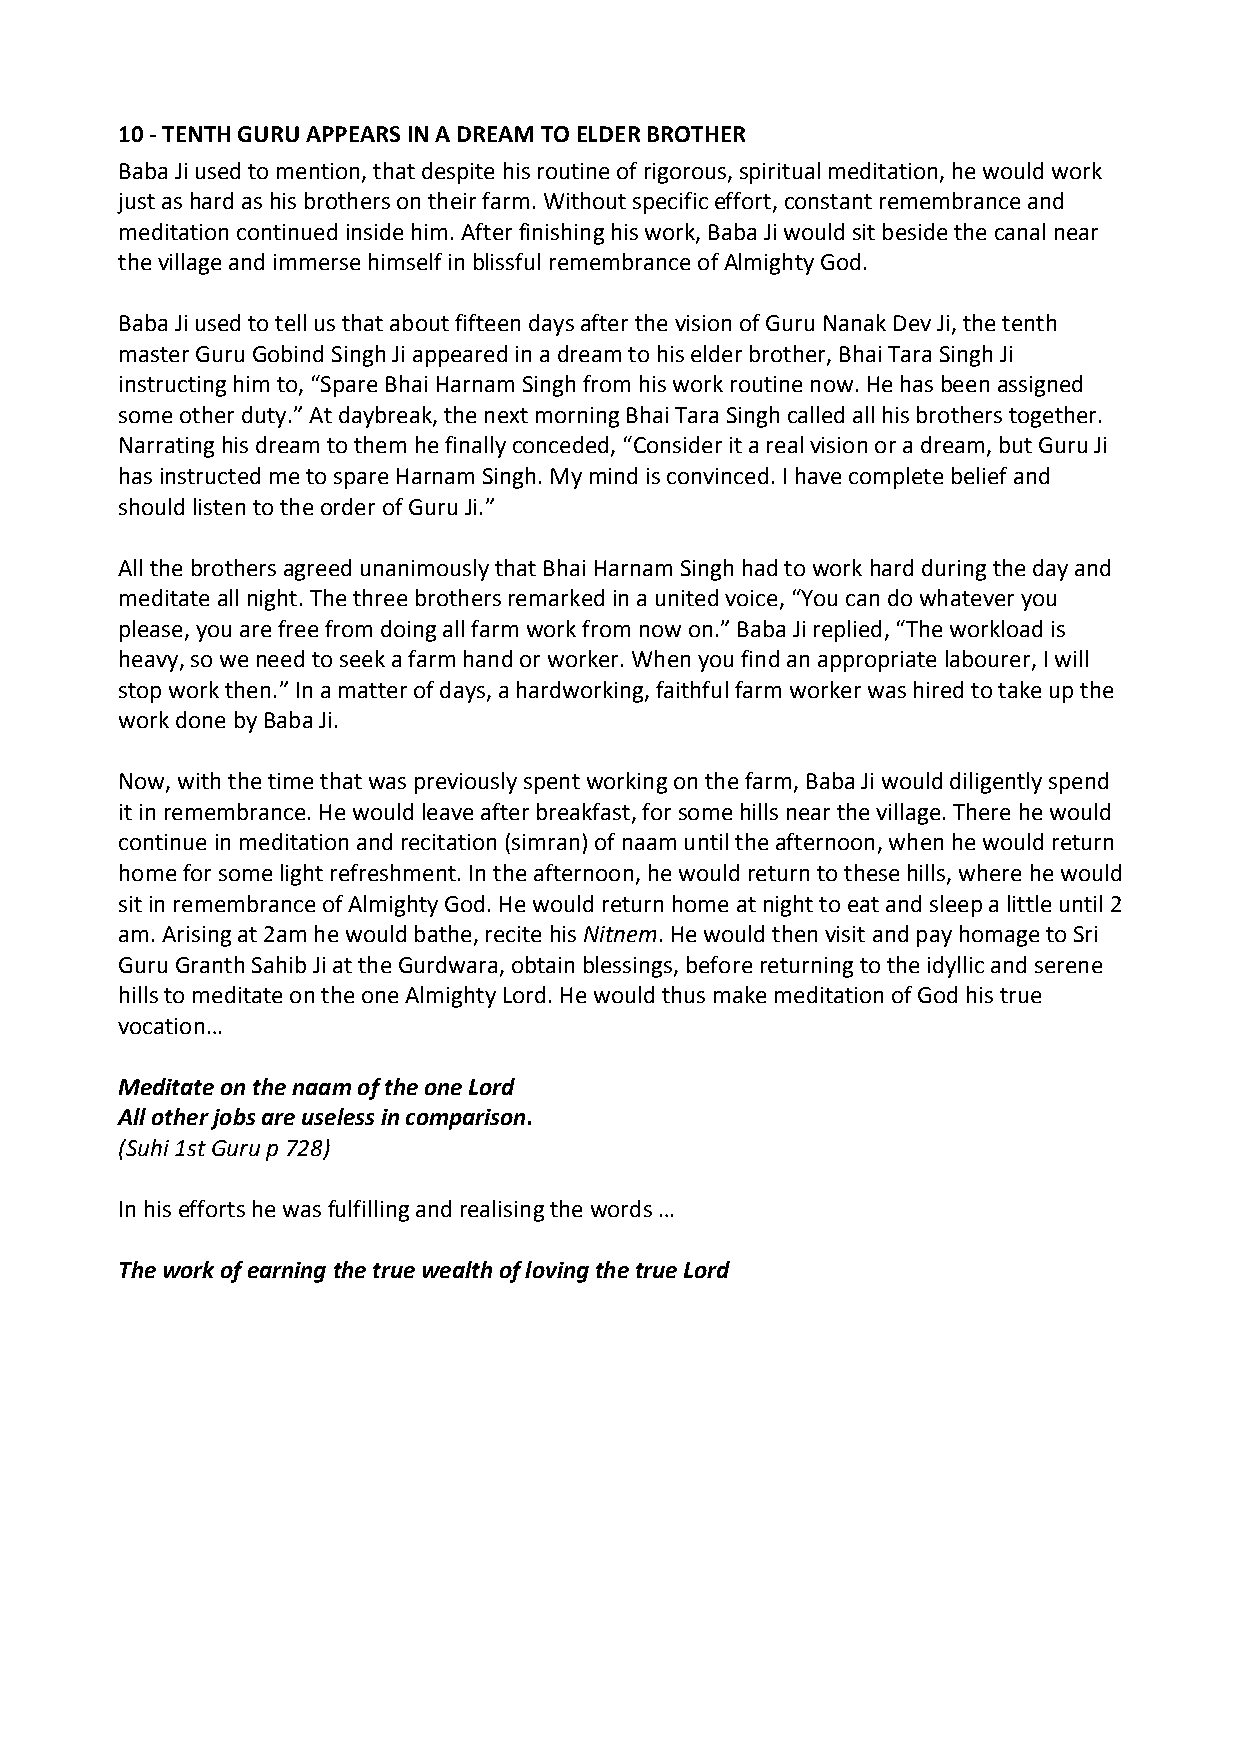
10 ‐ TENTH GURU APPEARS IN A DREAM TO ELDER BROTHER
 Baba Ji used to mention, that despite his routine of rigorous, spiritual meditation, he would work
 just as hard as his brothers on their farm. Without specific effort, constant remembrance and
 meditation continued inside him. After finishing his work, Baba Ji would sit beside the canal near
 the village and immerse himself in blissful remembrance of Almighty God.
 Baba Ji used to tell us that about fifteen days after the vision of Guru Nanak Dev Ji, the tenth
 master Guru Gobind Singh Ji appeared in a dream to his elder brother, Bhai Tara Singh Ji
 instructing him to, “Spare Bhai Harnam Singh from his work routine now. He has been assigned
 some other duty.” At daybreak, the next morning Bhai Tara Singh called all his brothers together.
 Narrating his dream to them he finally conceded, “Consider it a real vision or a dream, but Guru Ji
 has instructed me to spare Harnam Singh. My mind is convinced. I have complete belief and
 should listen to the order of Guru Ji.”
 All the brothers agreed unanimously that Bhai Harnam Singh had to work hard during the day and
 meditate all night. The three brothers remarked in a united voice, “You can do whatever you
 please, you are free from doing all farm work from now on.” Baba Ji replied, “The workload is
 heavy, so we need to seek a farm hand or worker. When you find an appropriate labourer, I will
 stop work then.” In a matter of days, a hardworking, faithful farm worker was hired to take up the
 work done by Baba Ji.
 Now, with the time that was previously spent working on the farm, Baba Ji would diligently spend
 it in remembrance. He would leave after breakfast, for some hills near the village. There he would
 continue in meditation and recitation (simran) of naam until the afternoon, when he would return
 home for some light refreshment. In the afternoon, he would return to these hills, where he would
 sit in remembrance of Almighty God. He would return home at night to eat and sleep a little until 2
 am. Arising at 2am he would bathe, recite his Nitnem. He would then visit and pay homage to Sri
 Guru Granth Sahib Ji at the Gurdwara, obtain blessings, before returning to the idyllic and serene
 hills to meditate on the one Almighty Lord. He would thus make meditation of God his true
 vocation…
 Meditate on the naam of the one Lord
 All other jobs are useless in comparison.
 (Suhi 1st Guru p 728)
 In his efforts he was fulfilling and realising the words …
 The work of earning the true wealth of loving the true Lord